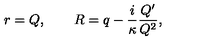
r = Q , \qquad R = q - \frac { i } { \kappa } \frac { Q ^ { \prime } } { Q ^ { 2 } } ,